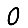
Digit: 0